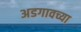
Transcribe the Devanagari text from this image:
अडगावच्या